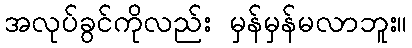
အလုပ်ခွင်ကိုလည်း မှန်မှန်မလာဘူး။